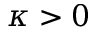
\kappa > 0